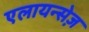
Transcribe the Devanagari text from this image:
एलायन्सेज़